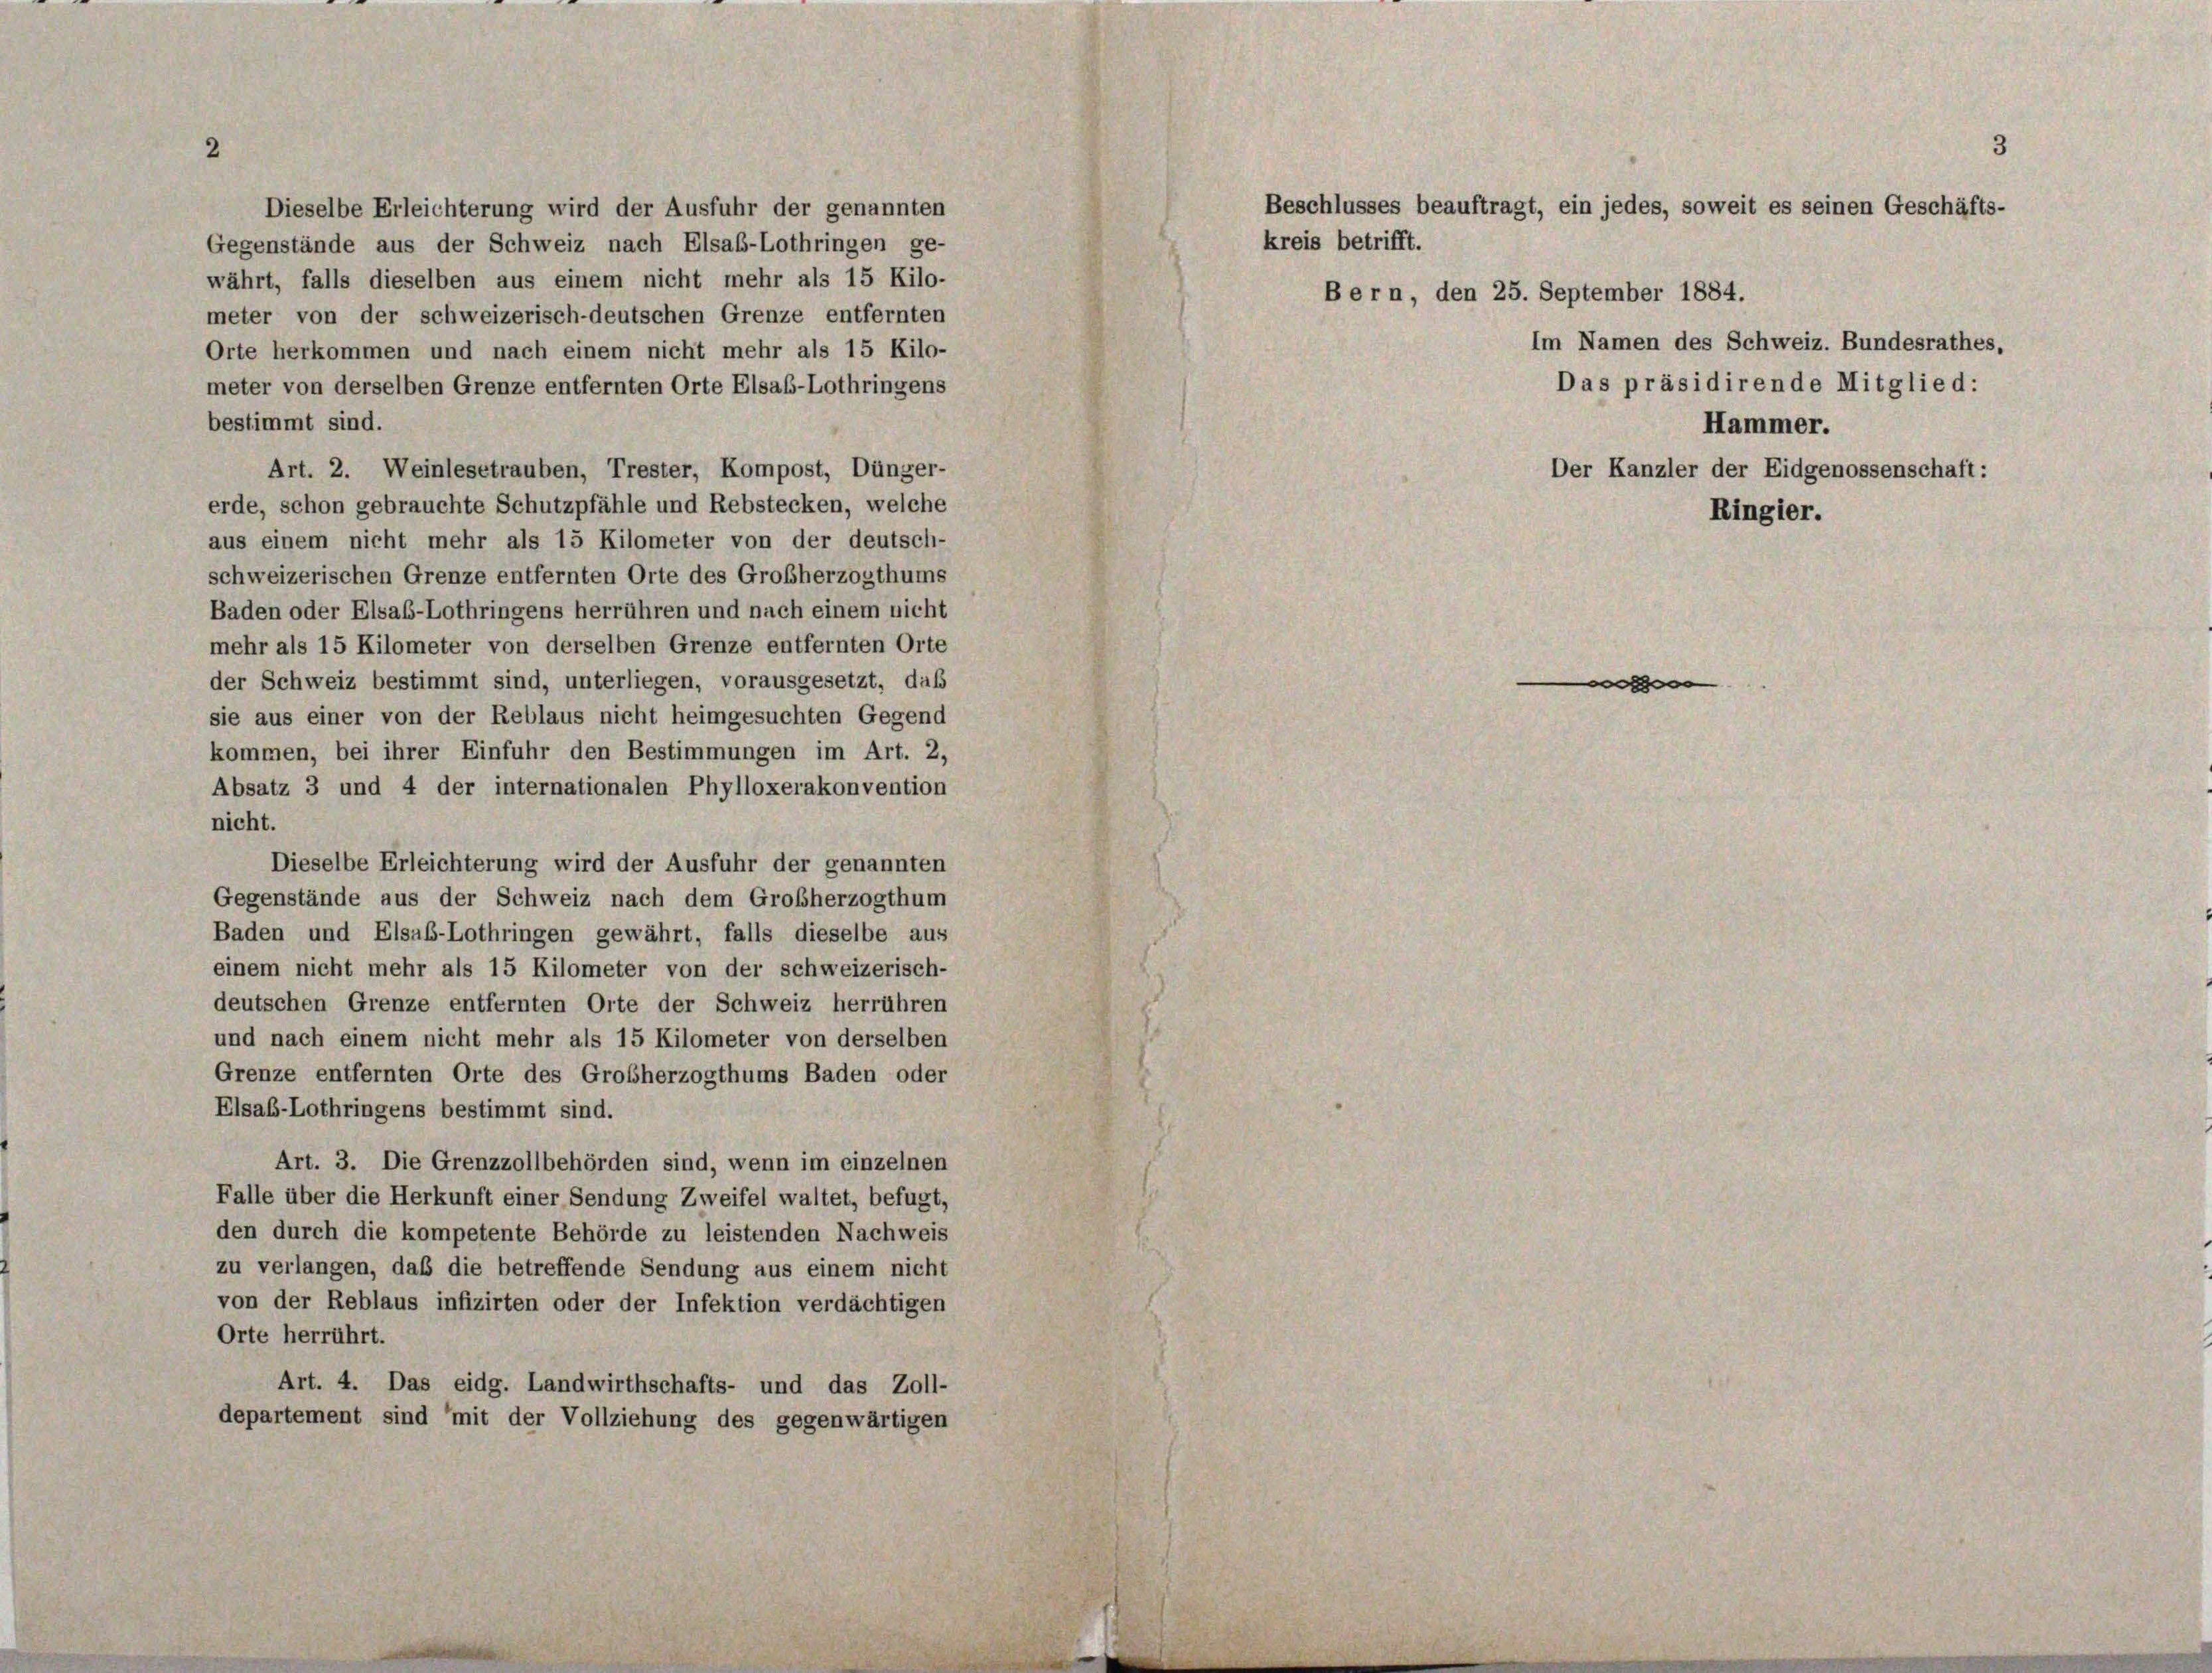
Dieselbe Erleichterung wird der Ausfuhr der genannten
Gegenstände aus der Schweiz nach Elsab-Lothringen ge-
währt, falls dieselben aus einem nicht mehr als 15 Kilo-
meter von der schweizerisch-deutschen Grenze entfernten
Orte herkommen und nach einem nicht mehr als 15 Kilo-
meter von derselben Grenze entfernten Orte Elsab-Lothringens
bestimmt sind.
Art. 2. Weinlesetrauben, Trester, Kompost, Dünger-
erde, schon gebrauchte Schutzpfähle und Rebstecken, welche
aus einem nicht mehr als 15 Kilometer von der deutsch-
schweizerischen Grenze entfernten Orte des Großherzogthums
Baden oder Elsab-Lothringens herrühren und nach einem nicht
mehr als 15 Kilometer von derselben Grenze entfernten Orte
der Schweiz bestimmt sind, unterliegen, vorausgesetzt, daß
sie aus einer von der Reblaus nicht heimgesuchten Gegend
kommen, bei ihrer Einfuhr den Bestimmungen im Art. 2,
Absatz 3 und 4 der internationalen Phylloxerakonvention
nicht.
Dieselbe Erleichterung wird der Ausfuhr der genannten
Gegenstände aus der Schweiz nach dem Großherzogthum
Baden und Elsab-Lothringen gewährt, falls dieselbe aus
einem nicht mehr als 15 Kilometer von der schweizerisch-
deutschen Grenze entfernten Orte der Schweiz herrühren
und nach einem nicht mehr als 15 Kilometer von derselben
Grenze entfernten Orte des Großherzogthums Baden oder
Elsab-Lothringens bestimmt sind.
Art. 3. Die Grenzzollbehörden sind, wenn im einzelnen
Falle über die Herkunft einer Sendung Zweifel waltet, befugt,
den durch die kompetente Behörde zu leistenden Nachweis
zu verlangen, daß die betreffende Sendung aus einem nicht
von der Reblaus infizirten oder der Infektion verdächtigen
Orte herrührt.
Art. 4. Das eidg. Landwirthschafts- und das Zoll-
departement sind mit der Vollziehung des gegenwärtigen

kreis betrifft.

Beschlusses beauftragt, ein jedes, soweit es seinen Geschäfts-

Bern, den 25. September 1884.

Ringier.

Im Namen des Schweiz. Bundesrathes,
Das präsidirende Mitglied:
Hammer.
Der Kanzler der Eidgenossenschaft: